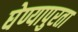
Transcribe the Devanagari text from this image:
घेण्यापुरता